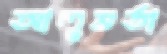
আলুভর্তা